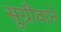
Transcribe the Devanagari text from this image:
सुग्रीवाने